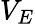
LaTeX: V_{E}